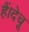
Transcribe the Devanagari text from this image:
हैं।देचू